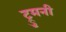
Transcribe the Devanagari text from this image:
ट्रुमनी